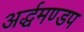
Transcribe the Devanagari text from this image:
अर्द्धमण्डप